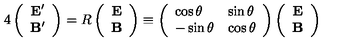
4 \left( \begin{array} { c } { { \bf E } ^ { \prime } } \\ { { \bf B } ^ { \prime } } \\ \end{array} \right) = R \left( \begin{array} { c } { { \bf E } } \\ { { \bf B } } \\ \end{array} \right) \equiv \left( \begin{array} { l l } { \cos \theta } & { \sin \theta } \\ { - \sin \theta } & { \cos \theta } \\ \end{array} \right) \left( \begin{array} { c } { { \bf E } } \\ { { \bf B } } \\ \end{array} \right)